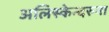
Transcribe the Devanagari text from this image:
अलिस्केन्दरुना